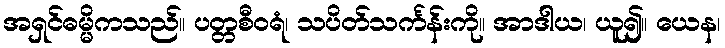
အရှင်ဓမ္မိကသည်။ ပတ္တစီဝရံ၊ သပိတ်သင်္ကန်းကို။ အာဒါယ၊ ယူ၍။ ယေန၊